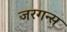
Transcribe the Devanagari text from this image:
जरगन्स